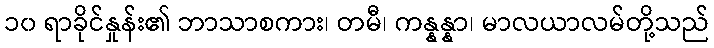
၁၀ ရာခိုင်နှုန်း၏ ဘာသာစကား၊ တမီ၊ ကန္နန္နာ၊ မာလယာလမ်တို့သည်